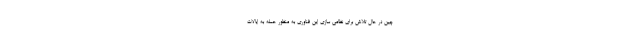
چین در حال تلاش برای نظامی سازی این فناوری به منظور حمله به ایالات